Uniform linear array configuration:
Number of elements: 16
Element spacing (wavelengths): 0.25
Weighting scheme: kaiser
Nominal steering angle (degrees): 0
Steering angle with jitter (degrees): -0.8655
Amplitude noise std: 0.05
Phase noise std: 0.05

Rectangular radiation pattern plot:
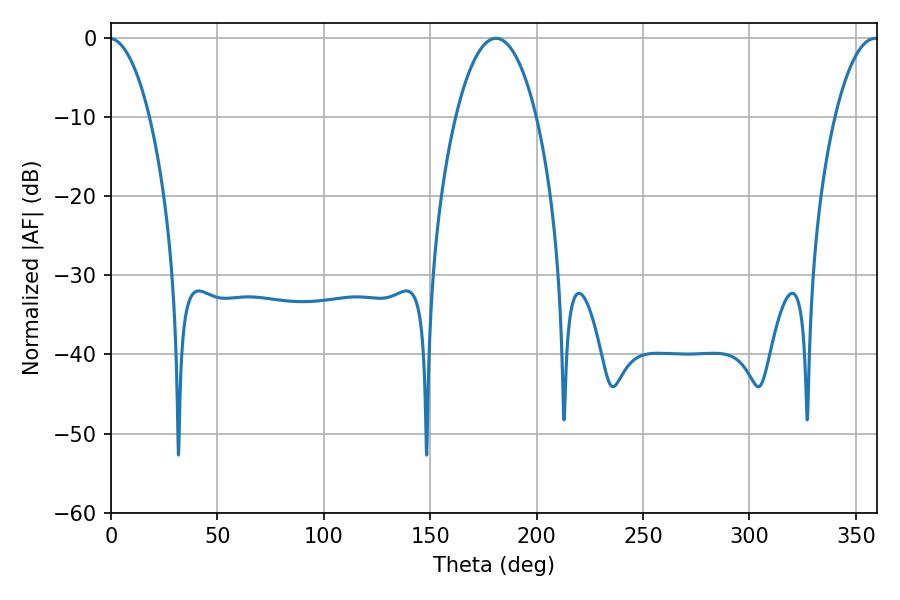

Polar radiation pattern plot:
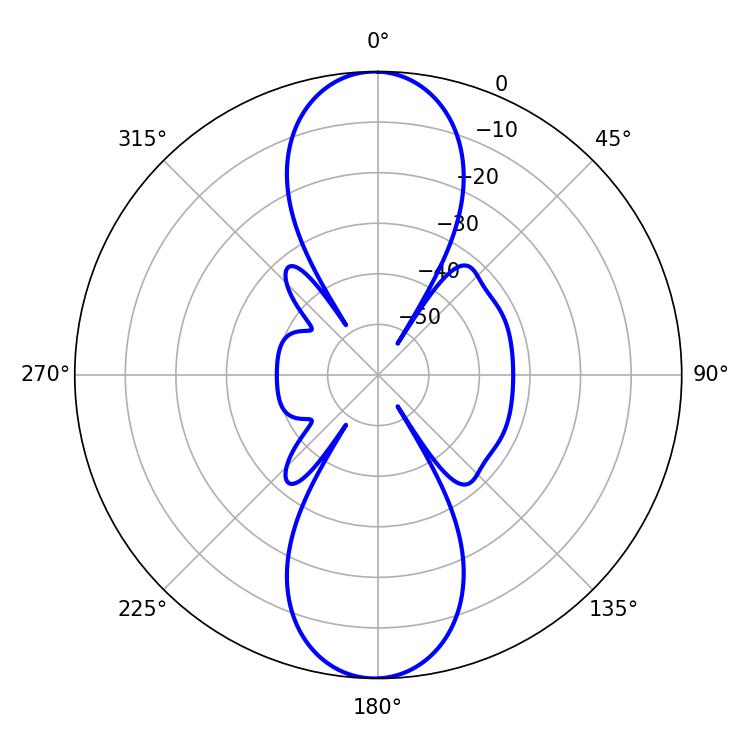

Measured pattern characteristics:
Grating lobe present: FALSE
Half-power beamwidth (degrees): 21.24
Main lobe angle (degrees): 180.9